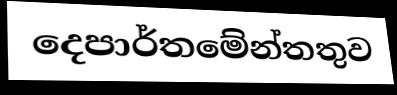
දෙපාර්තමේන්තතුව